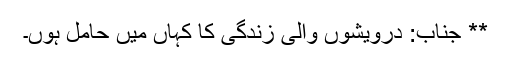
** جناب: درویشوں والی زندگی کا کہاں میں حامل ہُوں۔